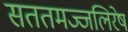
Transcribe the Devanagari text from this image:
सततमज्जलिरेष